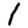
Digit: 1